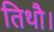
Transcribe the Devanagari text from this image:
तिथौ।